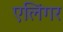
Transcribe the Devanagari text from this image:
एलिंगर